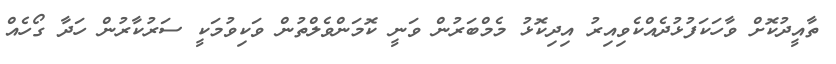
ތާއީދުކޮށް ވާހަކަފުޅުދެއްކެވިއިރު އިދިކޮޅު މެމްބަރުން ވަނީ ކޮމަންވެލްތުން ވަކިވުމަކީ ސަރުކާރުން ހަދާ ގޯހެއް